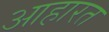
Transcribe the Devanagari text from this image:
आहारत